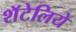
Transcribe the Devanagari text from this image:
शॅटेलिये